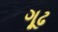
ગૂઢ